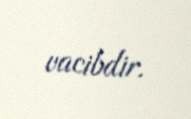
vacibdir.